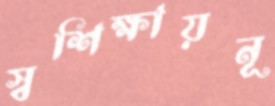
স্বশিক্ষায়নূ